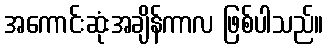
အကောင်းဆုံးအချိန်ကာလ ဖြစ်ပါသည်။